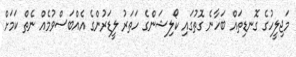
މަޖިލީހުގެ ގޮނޑިތައް ބަހާނެ ގޮތުގައި ކޯލިޝަންގެ ހަތަރު ލީޑަރުންގެ އެއްބަސްވުމެއް ނެތް ކަމަށް